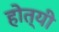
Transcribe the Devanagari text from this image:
होत्यी